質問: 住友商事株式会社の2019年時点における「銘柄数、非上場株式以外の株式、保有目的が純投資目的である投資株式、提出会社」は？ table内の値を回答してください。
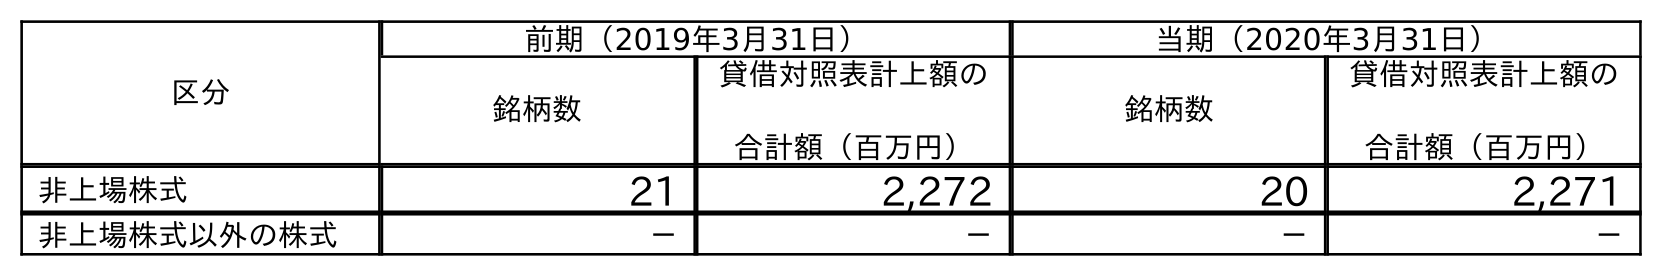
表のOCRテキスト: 区分 前期（2019年3月31日） 当期（2020年3月31日） 銘柄数 貸借対照表計上額の 合計額（百万円） 銘柄数 貸借対照表計上額の 合計額（百万円） 非上場株式 21 2,272 20 2,271 非上場株式以外の株式 － － － －
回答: －